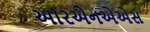
આરએનએએસ